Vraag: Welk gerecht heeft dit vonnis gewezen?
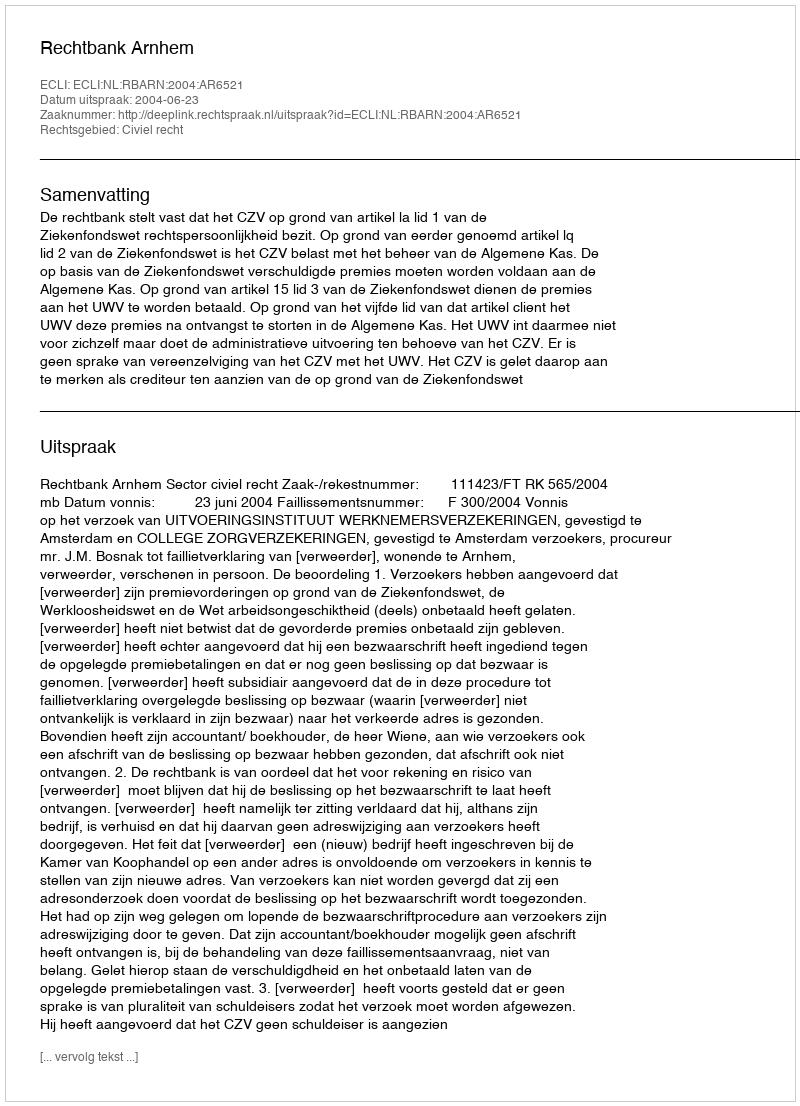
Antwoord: Rechtbank Arnhem